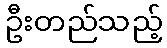
ဦးတည်သည့်